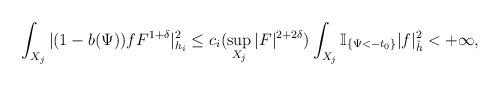
LaTeX: \begin{align*}\int_{X_j}|(1-b(\Psi))fF^{1+\delta}|_{h_i}^2\le c_i(\sup_{X_j}|F|^{2+2\delta}) \int_{X_j}\mathbb{I}_{\{\Psi<-t_0\}}|f|_{\hat{h}}^2<+\infty,\end{align*}